Indian journal of veterinary science and animal husbandry - Volumes 24-25, 1954-1955
Year: 1954
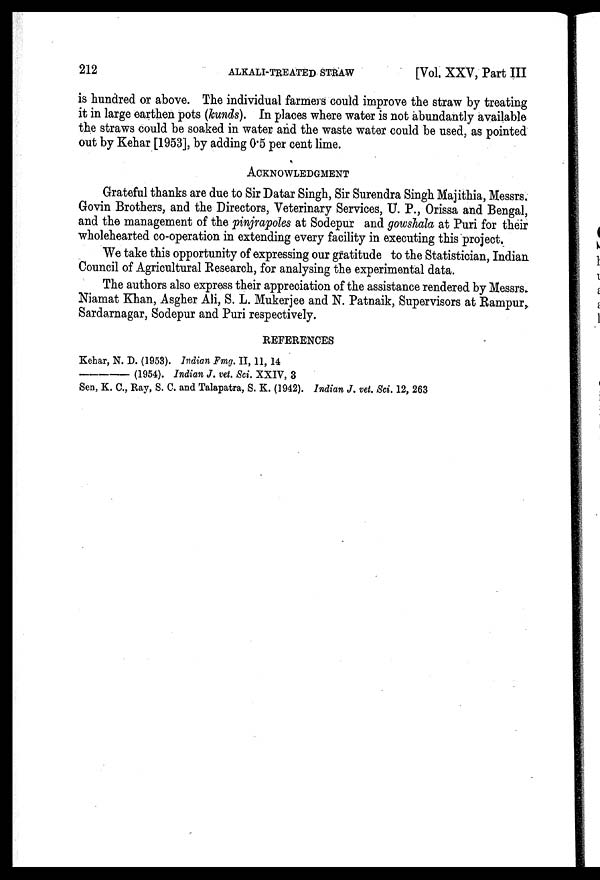
212
ALKALI-TREATED STRAW
[Vol. XXV, Part III
is hundred or above. The individual farmers could improve the straw by treating
it in large earthen pots (kunds). In places where water is not abundantly available
the straws could be soaked in water and the waste water could be used, as pointed
out by Kehar [1953], by adding 0.5 per cent lime.
ACKNOWLEDGMENT
Grateful thanks are due to Sir Datar Singh, Sir Surendra Singh Majithia, Messrs.
Govin Brothers, and the Directors, Veterinary Services, U. P., Orissa and Bengal,
and the management of the pinjrapoles at Sodepur and gowshala at Puri for their
wholehearted co-operation in extending every facility in executing this project.
We take this opportunity of expressing our gratitude to the Statistician, Indian
Council of Agricultural Research, for analysing the experimental data.
The authors also express their appreciation of the assistance rendered by Messrs.
Niamat Khan, Asgher Ali, S. L. Mukerjee and N. Patnaik, Supervisors at Rampur.
Sardarnagar, Sodepur and Puri respectively.
REFERENCES
Kehar, N. D. (1953). Indian Fmg. II, 11, 14
——
(1954). Indian J. vet. Sci. XXIV, 3
Sen, K. C., Ray, S. C. and Talapatra, S. K. (1942). Indian J, vet. Sci. 12, 263